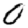
Digit: 0